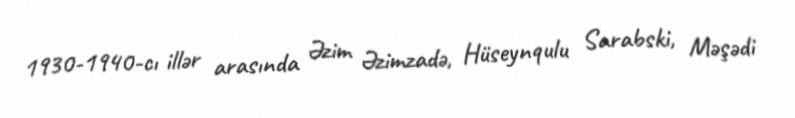
1930-1940-cı illər arasında Əzim Əzimzadə, Hüseynqulu Sarabski, Məşədi